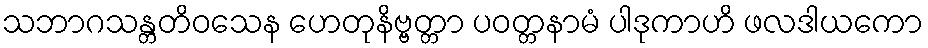
သဘာဂသန္တတိဝသေန ဟေတုနိဗ္ဗတ္တာ ပဝတ္တနာမံ ပါဒုကာဟိ ဖလဒါယကော